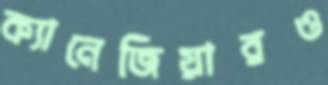
ক্যানেজিয়ারও